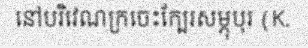
នៅបរិវេណក្រចេះក្បែរសម្ភុបុរ (K.